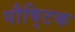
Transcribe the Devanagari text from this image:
पौषि्टक